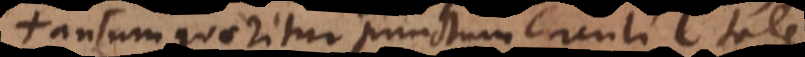
tantum quaeritur punctum circuli C tale,